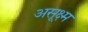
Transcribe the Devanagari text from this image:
असूक्ष्म